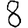
Digit: 8